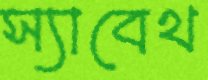
স্যাবেথ